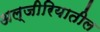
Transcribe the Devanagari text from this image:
अल्जीरियातील